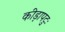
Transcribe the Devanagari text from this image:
कीड़ापटुः